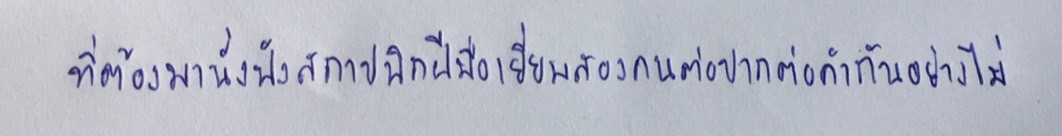
ที่ต้องมานั่งฟังสถาปนิกฝีมือเยี่ยมสองคนต่อปากต่อคำกันอย่างไม่